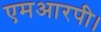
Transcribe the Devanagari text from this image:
एमआरपी।